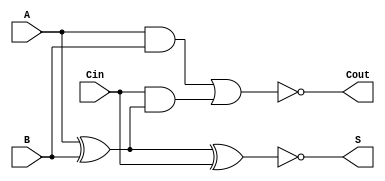
module NegativeCircuitFullAdder (
    input wire A,      // First input bit
    input wire B,      // Second input bit
    input wire Cin,    // Carry-in bit
    output wire S,     // Sum output (in negative logic)
    output wire Cout   // Carry-out output (in negative logic)
);

    // Intermediate signals for the positive logic calculations
    wire S_pos;        // Positive logic sum output
    wire Cout_pos;     // Positive logic carry-out output
    wire AB;           // Intermediate AND for A and B
    wire A_XOR_B;     // Intermediate XOR for A and B

    // Compute the positive logic outputs
    assign A_XOR_B = A ^ B;             // A XOR B
    assign S_pos = A_XOR_B ^ Cin;       // S = A XOR B XOR Cin
    assign AB = A & B;                   // A AND B
    assign Cout_pos = AB | (Cin & A_XOR_B); // Cout = (A AND B) OR (Cin AND (A XOR B))

    // Invert outputs for negative logic
    assign S = ~S_pos;                   // Negative logic sum output
    assign Cout = ~Cout_pos;             // Negative logic carry-out output

endmodule